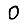
Digit: 0